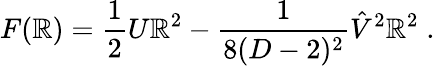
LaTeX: F(\mathbb{R})={\frac{{1}}{{2}}}U\mathbb{R}^{2}-{\frac{{1}}{{8(D-2)^{2}}}}\hat{{V}}^{2}\mathbb{R}^{2}\; .